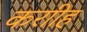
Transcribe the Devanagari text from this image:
कराीह